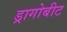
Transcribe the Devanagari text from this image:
ड्रागोबीट